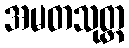
အမတသုတ္တ